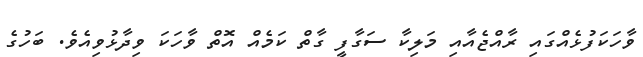
ވާހަކަފުޅެއްގައި ރާއްޖެއާއި މަލިކާ ސަގާފީ ގާތް ކަމެއް އޮތް ވާހަކަ ވިދާޅުވިއެވެ. ބަހުގެ